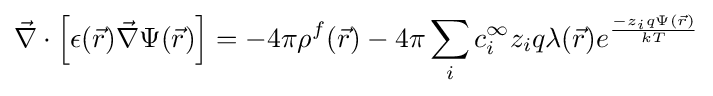
{\vec {\nabla }}\cdot \left[\epsilon ({\vec {r}}){\vec {\nabla }}\Psi ({\vec {r}})\right]=-4\pi \rho ^{f}({\vec {r}})-4\pi \sum _{i}c_{i}^{\infty }z_{i}q\lambda ({\vec {r}})e^{\frac {-z_{i}q\Psi ({\vec {r}})}{kT}}